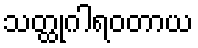
သတ္ထုဂါရဝတာယ